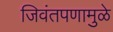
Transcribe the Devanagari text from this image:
जिवंतपणामुळे